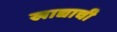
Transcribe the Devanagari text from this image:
खाद्याची